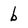
Character: b